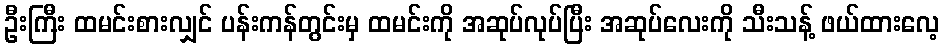
ဦးကြီး ထမင်းစားလျှင် ပန်းကန်တွင်းမှ ထမင်းကို အဆုပ်လုပ်ပြီး အဆုပ်လေးကို သီးသန့် ဖယ်ထားလေ့